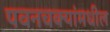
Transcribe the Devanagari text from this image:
पवनचक्यांमधील